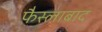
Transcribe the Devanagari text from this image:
फैस्लाबाद